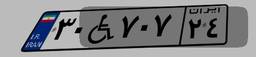
۳۰W۷۰۷۲۴